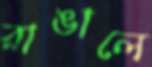
রাঙালে